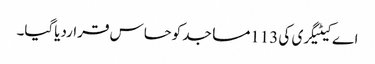
اے کیٹیگری کی 113مساجد کوحساس قراردیاگیا۔